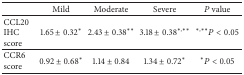
|  | Mild | Moderate | Severe | P value |
 | --- | --- | --- | --- | --- |
 | CCL20 IHC score | 1.65 ± 0.32* | 2.43 ± 0.38** | 3.18 ± 0.38∗,∗∗ | ∗,∗∗P < 0.05 |
 | CCR6 score | 0.92 ± 0.68* | 1.14 ± 0.84 | 1.34 ± 0.72* | *P < 0.05 |